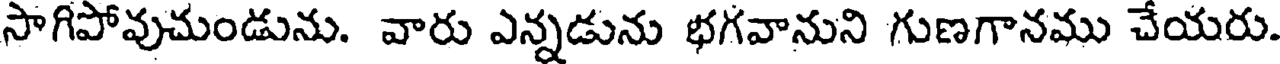
సాగిపోవుచుండును. వారు ఎన్నడును భగవానుని గుణగానము చేయరు.